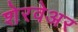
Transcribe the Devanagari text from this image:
शेरवेअर